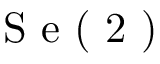
\textrm { S e ( 2 ) }